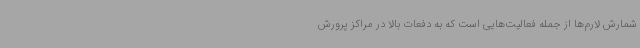
شمارش لارم‌ها از جمله فعالیت‌هایی است که به دفعات بالا در مراکز پرورش